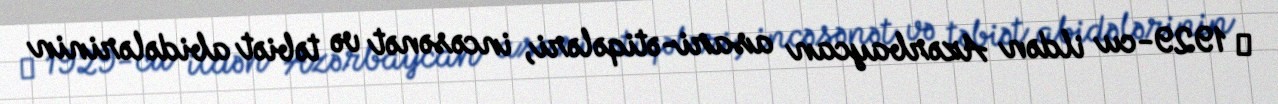
َ 1929-cu ildən Azərbaycan asari-ətiqələri, incəsənət və təbiət abidələrinin